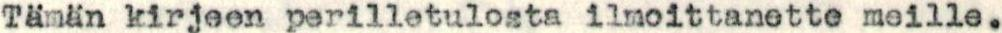
Tämän kirjeen perilletulosta ilmoittanette meille.